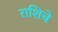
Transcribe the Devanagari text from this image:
राशिचे